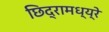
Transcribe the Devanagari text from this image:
छिद्रामध्य्रे